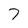
Character: 7